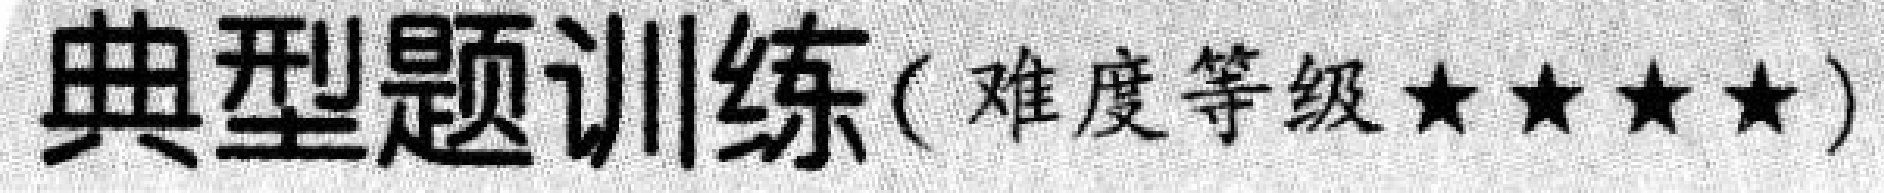
典型题训练( 难度等级$\star\star\star\star$)